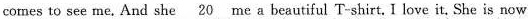
comes to see me. And she\underline{20} mea beautiful T-shirtI love itShe is now